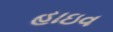
હાઇવ